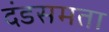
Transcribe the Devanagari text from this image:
दंडसमता